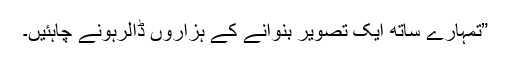
”تمہارے ساتھ ایک تصویر بنوانے کے ہزاروں ڈالرہونے چاہئیں۔